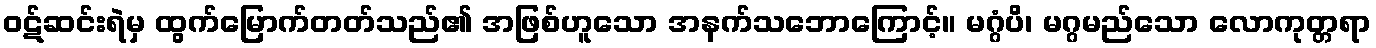
ဝဋ်ဆင်းရဲမှ ထွက်မြောက်တတ်သည်၏ အဖြစ်ဟူသော အနက်သဘောကြောင့်။ မဂ္ဂံပိ၊ မဂ္ဂမည်သော လောကုတ္တရာ